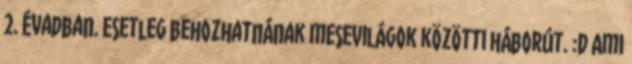
2. évadban. Esetleg behozhatnának mesevilágok közötti háborút. :D Ami